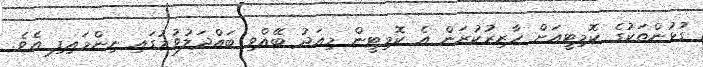
ގުޅުންތަކުގެ ކޮމިޓީއަށް ހާޒިރުކުރަން އެ ކޮމިޓީން މިއަދު ބޭއްވި ބައްދަލުވުމުގައި ނިންމައިފި އެވެ.